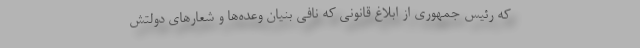
که رئیس جمهوری از ابلاغ قانونی که نافی بنیان وعده‌ها و شعارهای دولتش